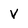
Character: V